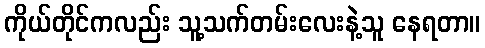
ကိုယ်တိုင်ကလည်း သူ့သက်တမ်းလေးနဲ့သူ နေရတာ။